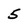
Character: 5